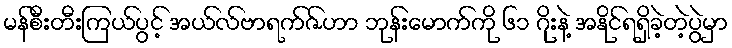
မန်စီးတီးကြယ်ပွင့် အယ်လ်ဗာရက်ဇ်ဟာ ဘုန်းမောက်ကို ၆၁ ဂိုးနဲ့ အနိုင်ရရှိခဲ့တဲ့ပွဲမှာ